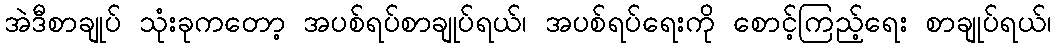
အဲဒီစာချုပ် သုံးခုကတော့ အပစ်ရပ်စာချုပ်ရယ်၊ အပစ်ရပ်ရေးကို စောင့်ကြည့်ရေး စာချုပ်ရယ်၊